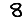
Digit: 8